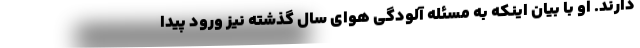
دارند. او با بیان اینکه به مسئله آلودگی هوای سال گذشته نیز ورود پیدا